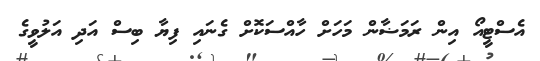
އެސްޓީއޯ އިން ރަމަޟާން މަހަށް ހާއްސަކޮށް ގެނައި ފިޔާ ބިސް އަދި އަލުވީގެ